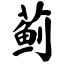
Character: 蓟